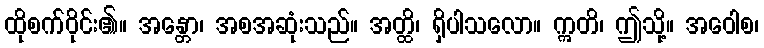
ထိုစက်ဝိုင်း၏။ အန္တော၊ အစအဆုံးသည်။ အတ္ထိ၊ ရှိပါသလော။ ဣတိ၊ ဤသို့။ အဝေါစ၊